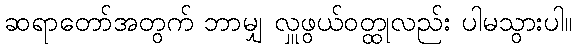
ဆရာတော်အတွက် ဘာမျှ လှူဖွယ်ဝတ္ထုလည်း ပါမသွားပါ။